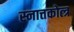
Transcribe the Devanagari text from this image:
स्नात्तकोत्त्र